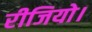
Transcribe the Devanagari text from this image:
रीजियो।